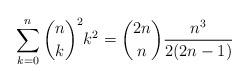
LaTeX: \begin{align*} \sum_{k=0}^n \binom{n}{k}^2 k^2 = \binom{2n}{n} \frac{n^3}{2(2n-1)}\end{align*}